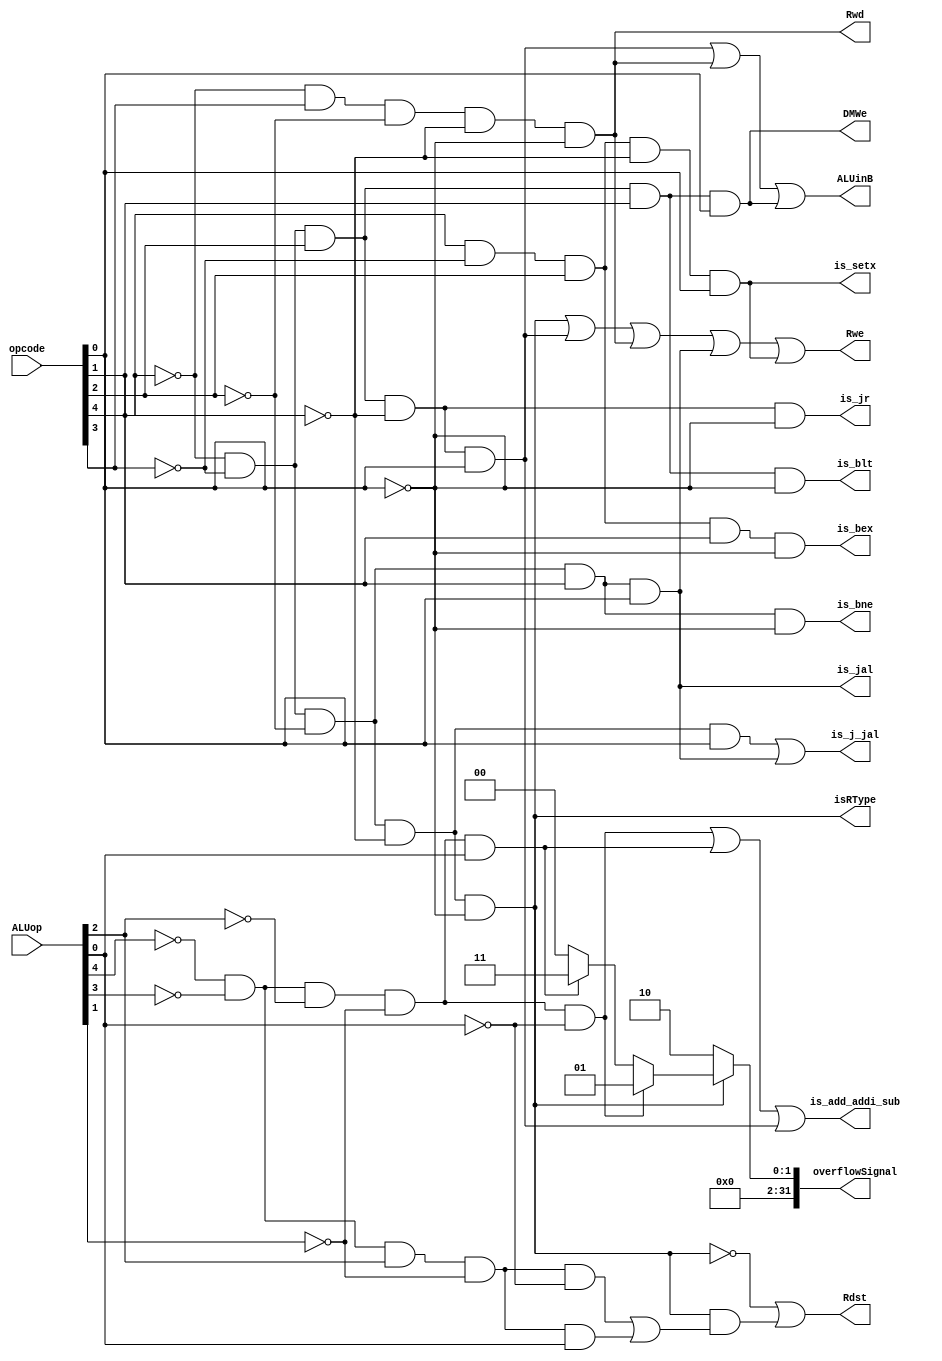
/*
	Create by: Fangcheng
	Date: 2023-10-23
*/
module control(opcode, ALUop, Rwe, Rdst, ALUinB, isRType, overflowSignal, is_add_addi_sub, DMWe, Rwd, is_j_jal, is_jal, is_bex, is_bne, is_blt, is_setx, is_jr);
	input[4:0] opcode, ALUop;
	output Rwe, Rdst, ALUinB, isRType, is_add_addi_sub, DMWe, Rwd, is_j_jal, is_jal, is_bex, is_bne, is_blt, is_setx, is_jr;
	output[31:0] overflowSignal;
	wire is_add, is_sub, is_j;
	
	// R type: 00000
	assign isRType = ~opcode[4] & ~opcode[3] & ~opcode[2] & ~opcode[1] & ~opcode[0];
	
	// Rdst <= not R type + left shift + right shift
	// left shift ALUopcode: 00100
	// right shift ALUopcode: 00101
	assign Rdst = ~isRType | (isRType & ((~ALUop[4] & ~ALUop[3] & ALUop[2] & ~ALUop[1] & ~ALUop[0]) | (~ALUop[4] & ~ALUop[3] & ALUop[2] & ~ALUop[1] & ALUop[0])));
	
	// ALUinB <= addi + lw + sw
	// addi: 00101
	// lw: 01000
	// sw: 00111
	assign ALUinB = (~opcode[4] & ~opcode[3] & opcode[2] & ~opcode[1] & opcode[0]) | (~opcode[4] & opcode[3] & ~opcode[2] & ~opcode[1] & ~opcode[0]) | (~opcode[4] & ~opcode[3] & opcode[2] & opcode[1] & opcode[0]);
	
	// overflow signal
	// add ALUop: 00000
	// sub ALUop: 00001
	// addi opcode: 00101
	assign is_add = ~ALUop[4] & ~ALUop[3] & ~ALUop[2] & ~ALUop[1] & ~ALUop[0];
	assign is_sub = ~ALUop[4] & ~ALUop[3] & ~ALUop[2] & ~ALUop[1] & ALUop[0];
	assign is_add_addi_sub = is_add | is_sub | (~opcode[4] & ~opcode[3] & opcode[2] & ~opcode[1] & opcode[0]);
	assign overflowSignal = isRType ? ((is_add) ? 32'd1 : (is_sub ? 32'd3 : 32'd0)) : 32'd2;
	
	// DMwe
	// sw: 00111
	assign DMWe = ~opcode[4] & ~opcode[3] & opcode[2] & opcode[1] & opcode[0];
	
	// Rwd
	// lw: 01000
	assign Rwd = ~opcode[4] & opcode[3] & ~opcode[2] & ~opcode[1] & ~opcode[0];
	
	// is_j_jal
	// j: 00001
	// jal: 00011
	assign is_j = ~opcode[4] & ~opcode[3] & ~opcode[2] & ~opcode[1] & opcode[0];
	assign is_jal = ~opcode[4] & ~opcode[3] & ~opcode[2] & opcode[1] & opcode[0];
	assign is_j_jal = is_j | is_jal;
	
	// is_bex
	// bex: 10110
	assign is_bex = opcode[4] & ~opcode[3] & opcode[2] & opcode[1] & ~opcode[0];
	
	// is_jr
	// jr: 00100
	assign is_jr = ~opcode[4] & ~opcode[3] & opcode[2] & ~opcode[1] & ~opcode[0];
	
	// is_bne
	// bne: 00010
	assign is_bne = ~opcode[4] & ~opcode[3] & ~opcode[2] & opcode[1] & ~opcode[0];
	
	// is_blt
	// blt: 00110
	assign is_blt = ~opcode[4] & ~opcode[3] & opcode[2] & opcode[1] & ~opcode[0];
	
	// is_setx
	// setx: 10101
	assign is_setx = opcode[4] & ~opcode[3] & opcode[2] & ~opcode[1] & opcode[0];
	
	// Rwe <= R type + addi + lw + jal + setx
	// addi: 00101
	// lw: 01000
	// jal: 00011
	// setx: 10101
	assign Rwe = isRType | (~opcode[4] & ~opcode[3] & opcode[2] & ~opcode[1] & opcode[0]) | (~opcode[4] & opcode[3] & ~opcode[2] & ~opcode[1] & ~opcode[0]) | is_jal | is_setx;
endmodule